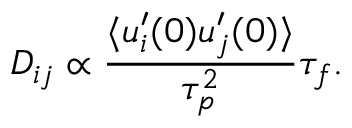
D _ { i j } \propto \frac { \langle u _ { i } ^ { \prime } ( 0 ) u _ { j } ^ { \prime } ( 0 ) \rangle } { \tau _ { p } ^ { 2 } } \tau _ { f } .